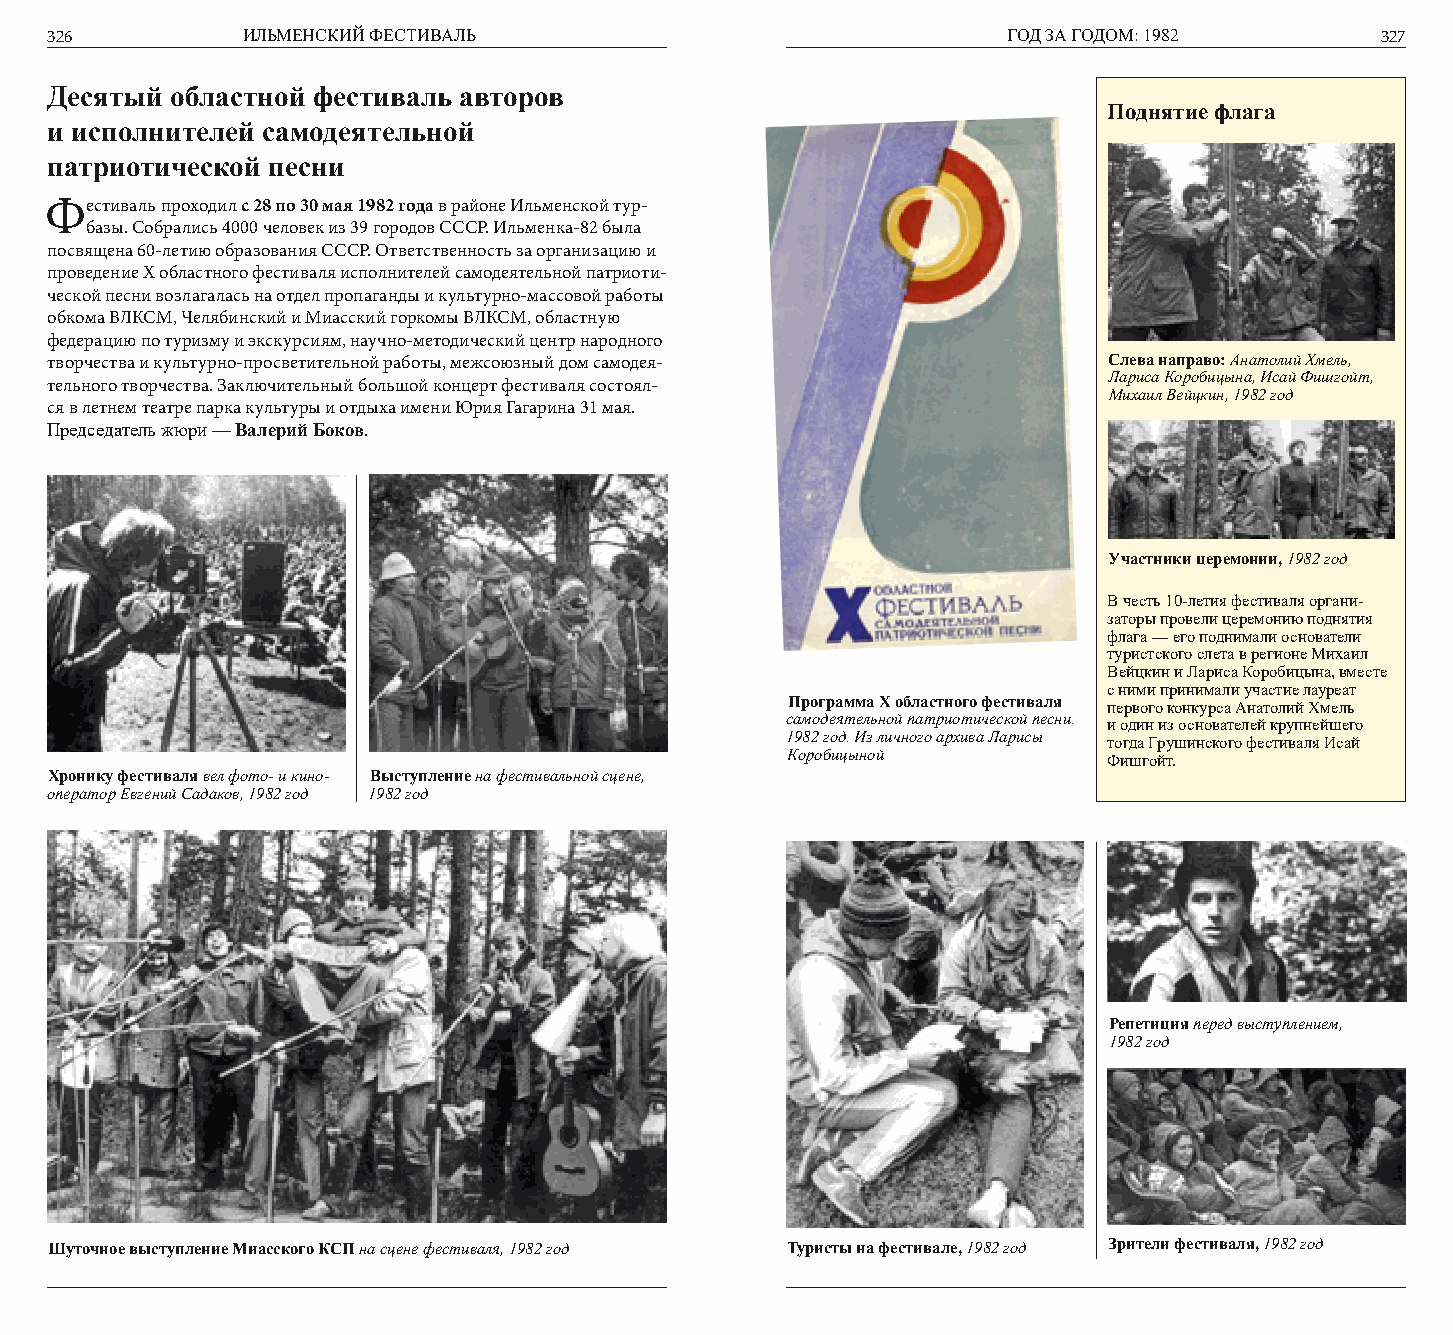
326          ИЛЬМЕНСКИЙ ФЕСТИВАЛЬ                               ГОД ЗА ГОДОМ: 1982      327
 Десятый областной фестиваль авторов
 Поднятие флага
 и исполнителей самодеятельной
 патриотической песни
 Фестиваль проходил с 28 по 30 мая 1982 года в районе Ильменской тур-
 базы. Собрались 4000 человек из 39 городов СССР. Ильменка-82 была
 посвящена 60-летию образования СССР. Ответственность за организацию и
 проведение Х областного фестиваля исполнителей самодеятельной патриоти-
 ческой песни возлагалась на отдел пропаганды и культурно-массовой работы
 обкома ВЛКСМ, Челябинский и Миасский горкомы ВЛКСМ, областную
 федерацию по туризму и экскурсиям, научно-методический центр народного
 творчества и культурно-просветительной работы, межсоюзный дом самодея- Слева направо: Анатолий Хмель,
 Лариса Коробицына, Исай Фишгойт,
 тельного творчества. Заключительный большой концерт фестиваля состоял-
 Михаил Вейцкин, 1982 год
 ся в летнем театре парка культуры и отдыха имени Юрия Гагарина 31 мая.
 Председатель жюри — Валерий Боков.
 Участники церемонии, 1982 год
 В честь 10-летия фестиваля органи-
 заторы провели церемонию поднятия
 флага — его поднимали основатели
 туристского слета в регионе Михаил
 Вейцкин и Лариса Коробицына, вместе
 с ними принимали участие лауреат
 Программа X областного фестиваля первого конкурса Анатолий Хмель
 самодеятельной патриотической песни. и один из основателей крупнейшего
 1982 год. Из личного архива Ларисы тогда Грушинского фестиваля Исай
 Коробицыной          Фишгойт.
 Хронику фестиваля вел фото- и кино- Выступление на фестивальной сцене,
 оператор Евгений Садаков, 1982 год 1982 год
 Репетиция перед выступлением,
 1982 год
 Шуточное выступление Миасского КСП на сцене фестиваля, 1982 год Туристы на фестивале, 1982 год Зрители фестиваля, 1982 год